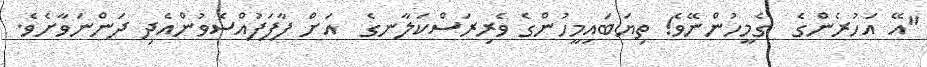
"އޭ އަހުރެންގެ  ގެމީހުންނޭވެ! ތިޔަބައިމީހުންގެ ވެރިރަސްކަލާނގެ  އަށް ފާފަފުއްސެވުންއެދި ދަންނަވާށެވެ.